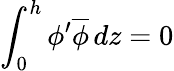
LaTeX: \displaystyle\int_{0}^{h}\phi^{\prime}\overline{{\phi}}\, dz=0